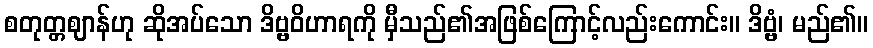
စတုတ္တဈာန်ဟု ဆိုအပ်သော ဒိဗ္ဗဝိဟာရကို မှီသည်၏အဖြစ်ကြောင့်လည်းကောင်း။ ဒိဗ္ဗံ၊ မည်၏။